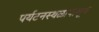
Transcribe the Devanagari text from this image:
पर्यटनस्थळापासून